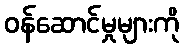
ဝန်ဆောင်မှုများကို